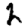
Digit: 2